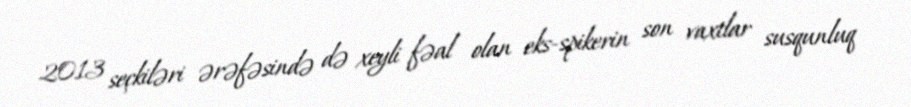
2013 seçkiləri ərəfəsində də xeyli fəal olan eks-spikerin son vaxtlar susqunluq